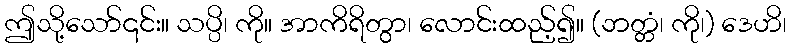
ဤသို့သော်၎င်း။ သပ္ပိ၊ ကို။ အာကိရိတွာ၊ လောင်းထည့်၍။ (ဘတ္တံ၊ ကို၊) ဒေဟိ၊